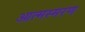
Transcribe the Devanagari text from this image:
आत्मस्मरण